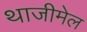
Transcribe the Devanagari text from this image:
थाजीमेल